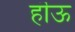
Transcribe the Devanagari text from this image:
हॊऊ